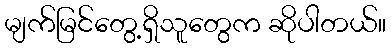
မျက်မြင်တွေ့ရှိသူတွေက ဆိုပါတယ်။